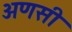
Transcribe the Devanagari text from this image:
अणसी